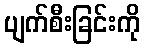
ပျက်စီးခြင်းကို